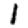
Digit: 1